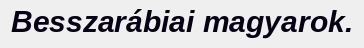
Besszarábiai magyarok.